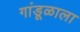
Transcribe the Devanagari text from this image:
गांडूळाला